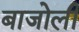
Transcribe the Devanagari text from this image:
बाजोली